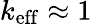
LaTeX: k_{\mathrm{eff}}\approx 1